Document type: bank_statement
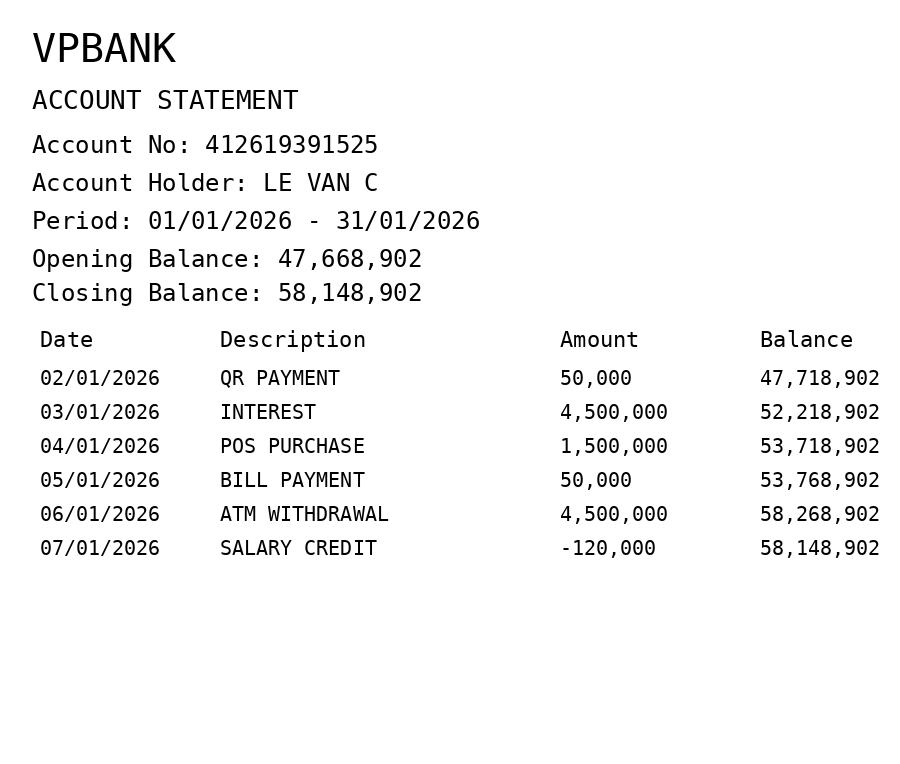
OCR transcript:
VPBANK
ACCOUNT STATEMENT
Account No: 412619391525
Account Holder: LE VAN C
Period: 01/01/2026 - 31/01/2026
Opening Balance: 47,668,902
Closing Balance: 58,148,902
Date
Description
Amount
Balance
02/01/2026
QR PAYMENT
50,000
47,718,902
03/01/2026
INTEREST
4,500,000
52,218,902
04/01/2026
POS PURCHASE
1,500,000
53,718,902
05/01/2026
BILL PAYMENT
50,000
53,768,902
06/01/2026
ATM WITHDRAWAL
4,500,000
58,268,902
07/01/2026
SALARY CREDIT
-120,000
58,148,902
Extracted fields:
bank_name: vpbank
account_number: 412619391525
account_holder: le van c
statement_period: 01/01/2026 - 31/01/2026
opening_balance: 47668902
closing_balance: 58148902
transactions: date: 2026-01-02
description: qr payment
amount: 50000
balance: 47718902
date: 2026-01-03
description: interest
amount: 4500000
balance: 52218902
date: 2026-01-04
description: pos purchase
amount: 1500000
balance: 53718902
date: 2026-01-05
description: bill payment
amount: 50000
balance: 53768902
date: 2026-01-06
description: atm withdrawal
amount: 4500000
balance: 58268902
date: 2026-01-07
description: salary credit
amount: -120000
balance: 58148902